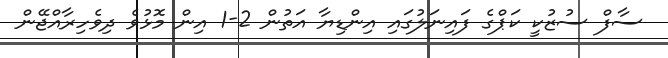
ސާފް ސުޒުކީ ކަޕްގެ ފައިނަލުގައި އިންޑިޔާ އަތުން 2-1 އިން މޮޅުވެ ދިވެހިރާއްޖޭން